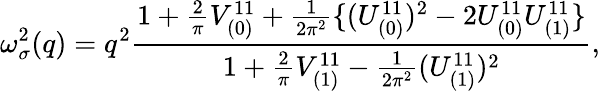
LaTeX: \omega_{\sigma}^{2}(q)=q^{2}\frac{1+\frac{2}{\pi}V_{(0)}^{11}+\frac{1}{2\pi^{2}}\{ (U_{(0)}^{11})^{2}-2U_{(0)}^{11}U_{(1)}^{11}\} }{1+\frac{2}{\pi}V_{(1)}^{11}-\frac{1}{2\pi^{2}}(U_{(1)}^{11})^{2}},